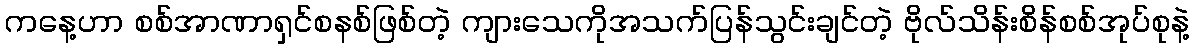
ကနေ့ဟာ စစ်အာဏာရှင်စနစ်ဖြစ်တဲ့ ကျားသေကိုအသက်ပြန်သွင်းချင်တဲ့ ဗိုလ်သိန်းစိန်စစ်အုပ်စုနဲ့